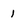
Character: 1